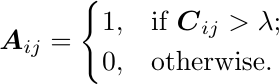
\begin{equation*}
\boldsymbol{A}_{ij} = \begin{cases}
1, & \mbox{if } \boldsymbol{C}_{ij} > \lambda;\\
0, & \mbox{otherwise}.
 \end{cases}
\end{equation*}